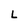
Character: L